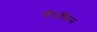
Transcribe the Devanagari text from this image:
पॅराफिन